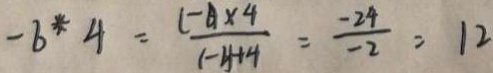
- b ^ { \ast } 4 = \frac { ( - 6 ) \times 4 } { ( - 2 ) + 4 } = \frac { - 2 4 } { - 2 } = 1 2